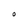
Character: O